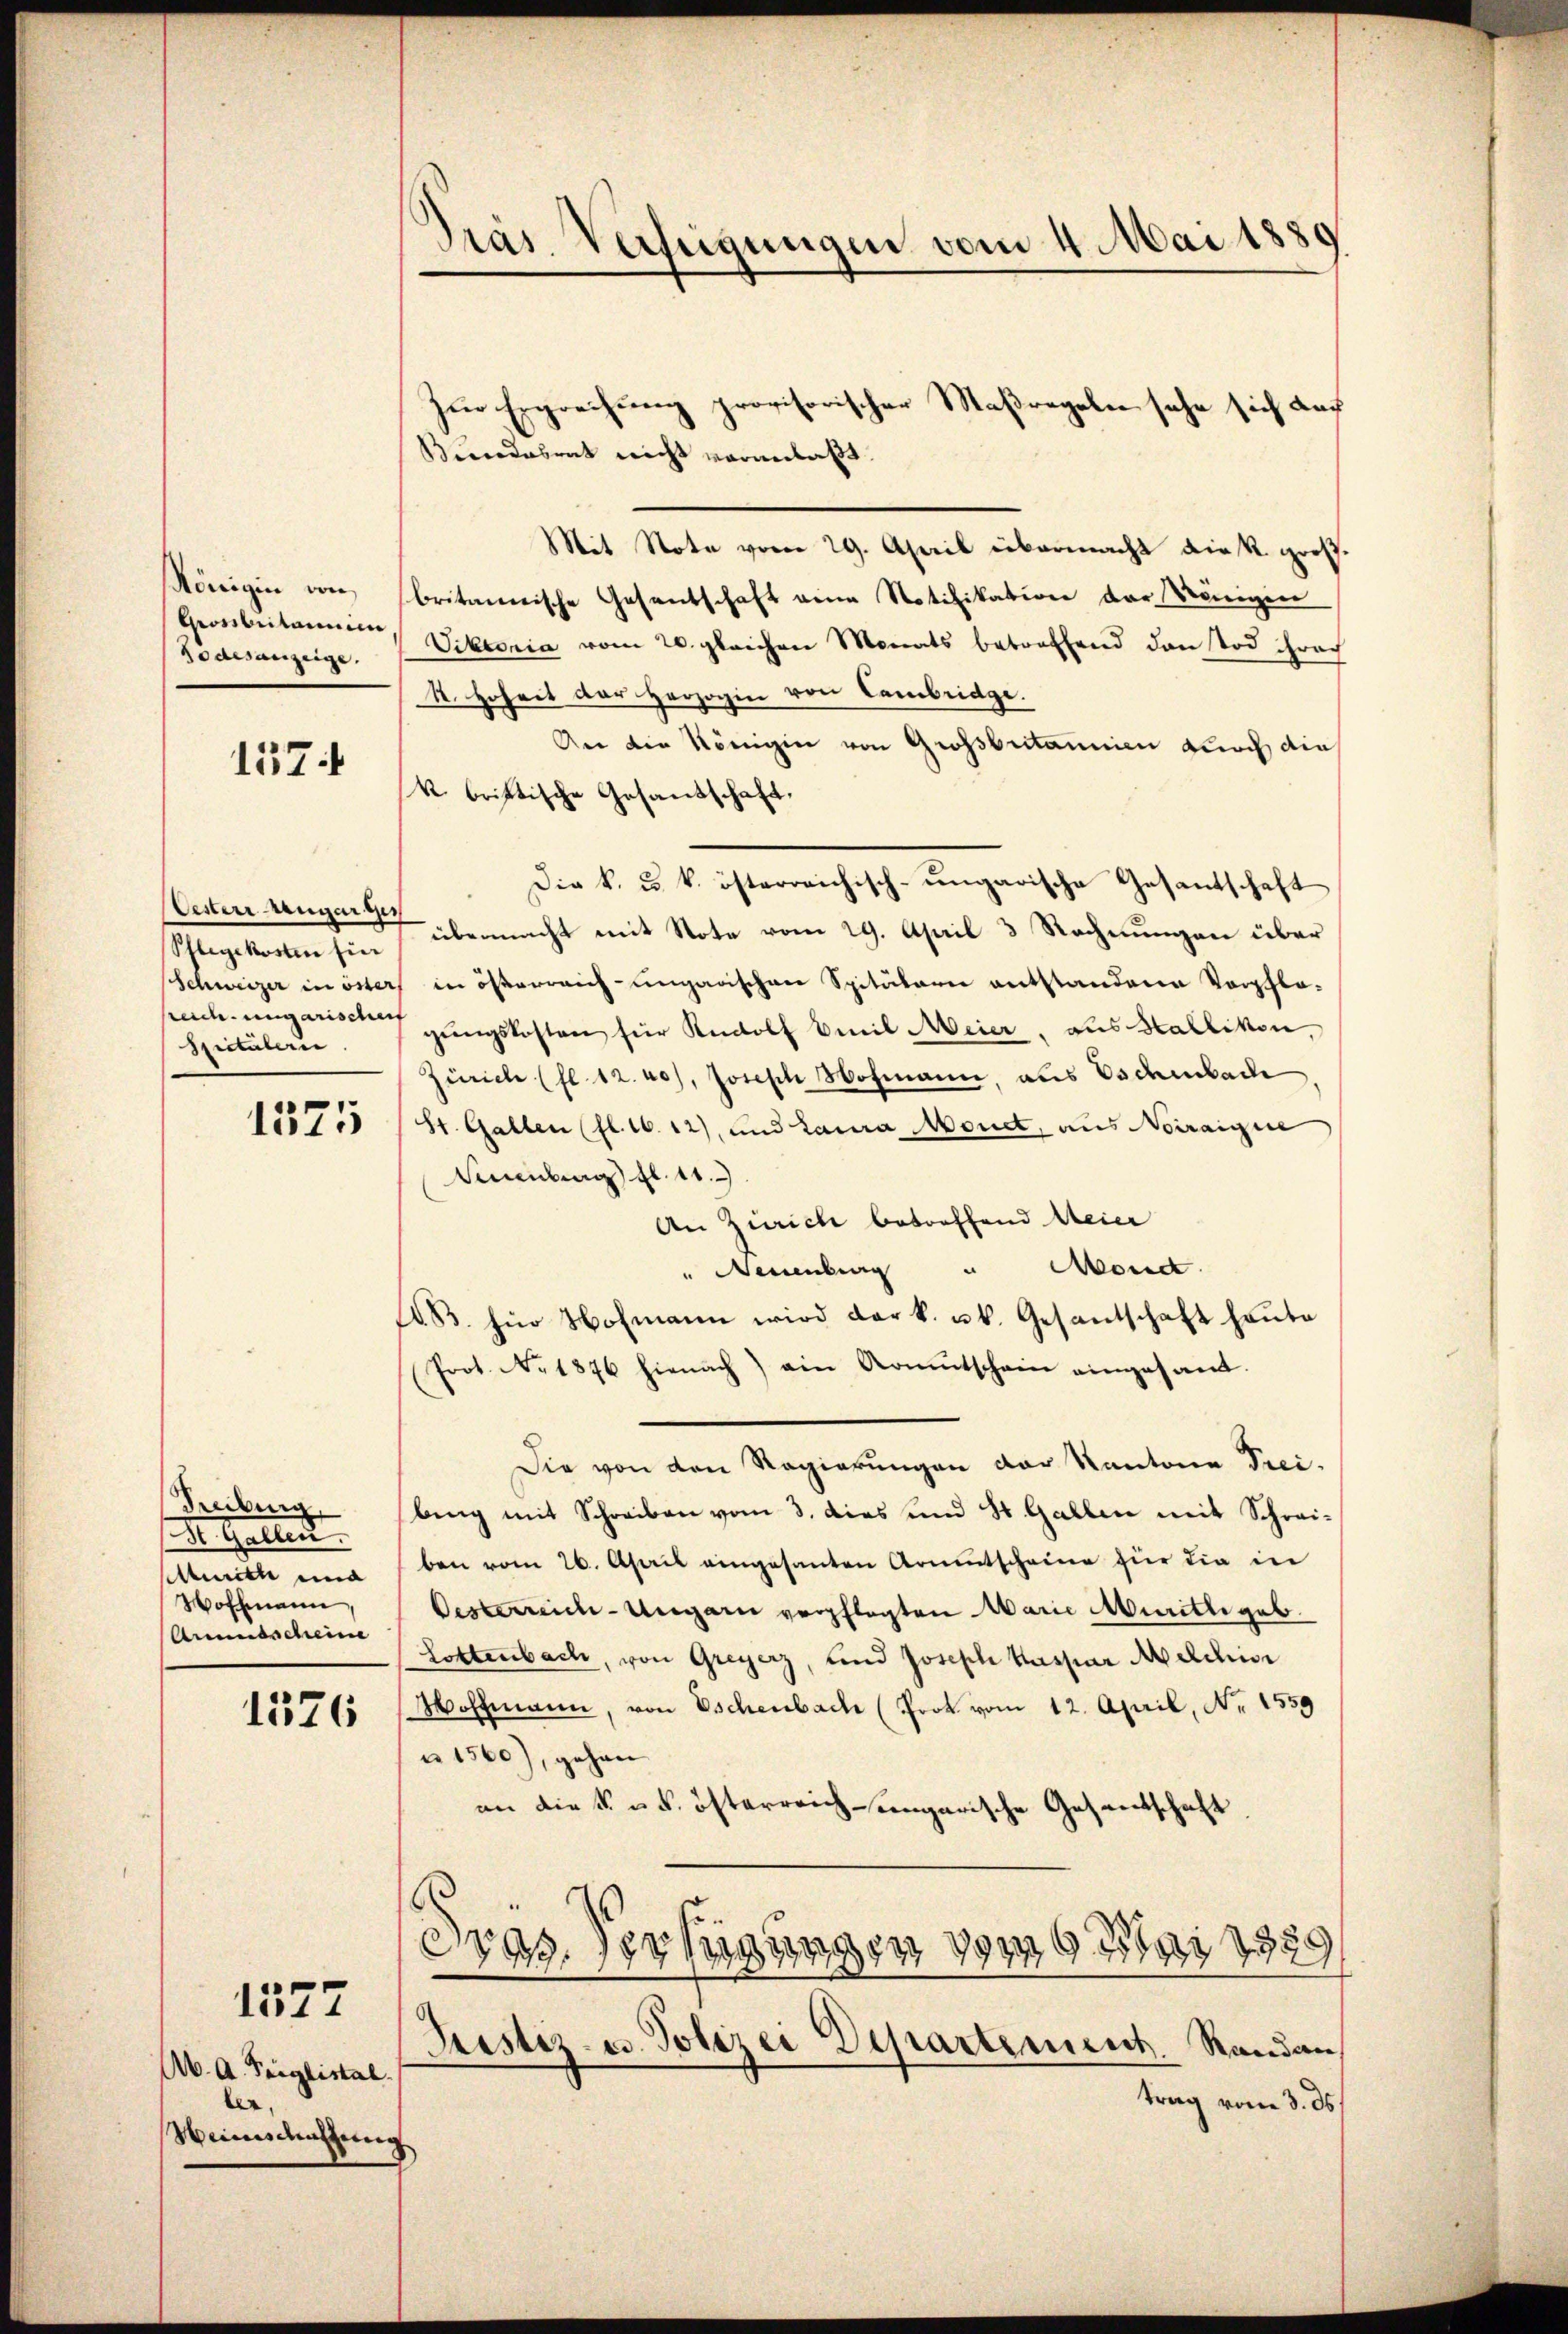
Königin von
Gearbeiterne
Rödesanzeige.

1574

Oester Anger ge
Pflegekosten Ein
sreich ungarischeif
Spitaleri

denberg.
Dr. Gallen.
urich und
Woffmann,
Ausscheine

1376

Ab. A. Teiglistal
ler,
Weinischehen

1577

1375

Präs. Verfügungen vom 4. Mai 1880
e

zur Ergrechung provisorischer Maßregeln sehe sich das
Bundesrat nicht veranlaßt.
Mit Note vom 29. April übermacht die R. großbritmenische Gesandschaft eine Notifikation der Königen
Viktonia vom 20. gleichen Monats betreffend den Tod chrach
R. Hoheit der Herzogin von Cambridge
An die Königin von Großbritannien durch die
k bristische Gesandschaft.
Die k. u. k. österreichisch-ungarische Gesantschaft
übermacht mit Note vom 29. April 3 Rechnungen über
Schweizer in öster in österreich-ungarischen Spitalarie entstandene Vorfla-
gungskosten für Rudolf Emil Meier, aus Hallikon,
Zürich (fl. 12. 20), Joseph Hofmann, aus Eschenbache
St. Gallen (fl. 16. 12), und Laura Monet, aus Noiraigne
Siebung fl. 11.
An Zürich betreffend Meier
" Neuenburg " Mond.
AB. für Hofmann wird der k. u. k. Gesantschaft heute
Prot. No. 1876 hienach ain Armŭtschein eingesand-
Die von den Regierungen der Kantone Prei-
bing mit Schreiben vom 3. dies und St. Gallen mit Schrei-
ben vom 26. April eingesanten Armutscheine für die in
Oesterreich-Ungarn verpflegten Marie Muritte geb.
Lottenbach, von Greyerz, und Joseph Kaspar Melchior
Woffmann, von Eschenbach (Prok vom 12. April, No 1559
u 1560), gehen
an die K. u. k. österreich-ungarische Gesandschaft
.
Pras. Der Regungen vom 9. Mai 1889,
Justiz- u. Polizei Departement. Randau,
trag vom 3. ds.
2